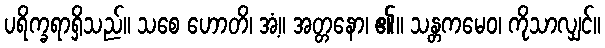
ပရိက္ခရာရှိသည်။ သစေ ဟောတိ၊ အံ့။ အတ္တနော၊ ၏။ သန္တကမေဝ၊ ကိုသာလျှင်။